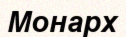
Монарх